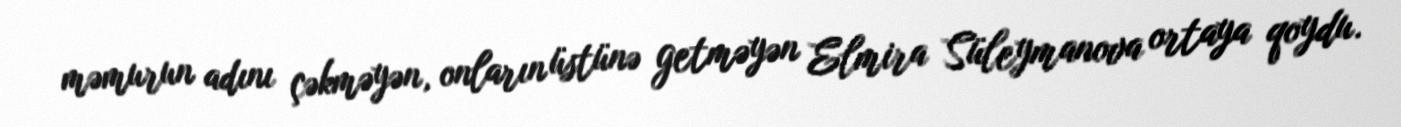
məmurun adını çəkməyən, onların üstünə getməyən Elmira Süleymanova ortaya qoydu.